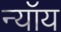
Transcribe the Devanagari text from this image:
न्यॉय